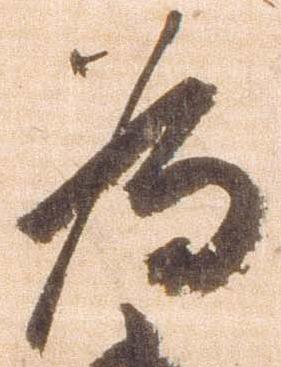
為